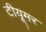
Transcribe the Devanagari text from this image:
टीयूमर